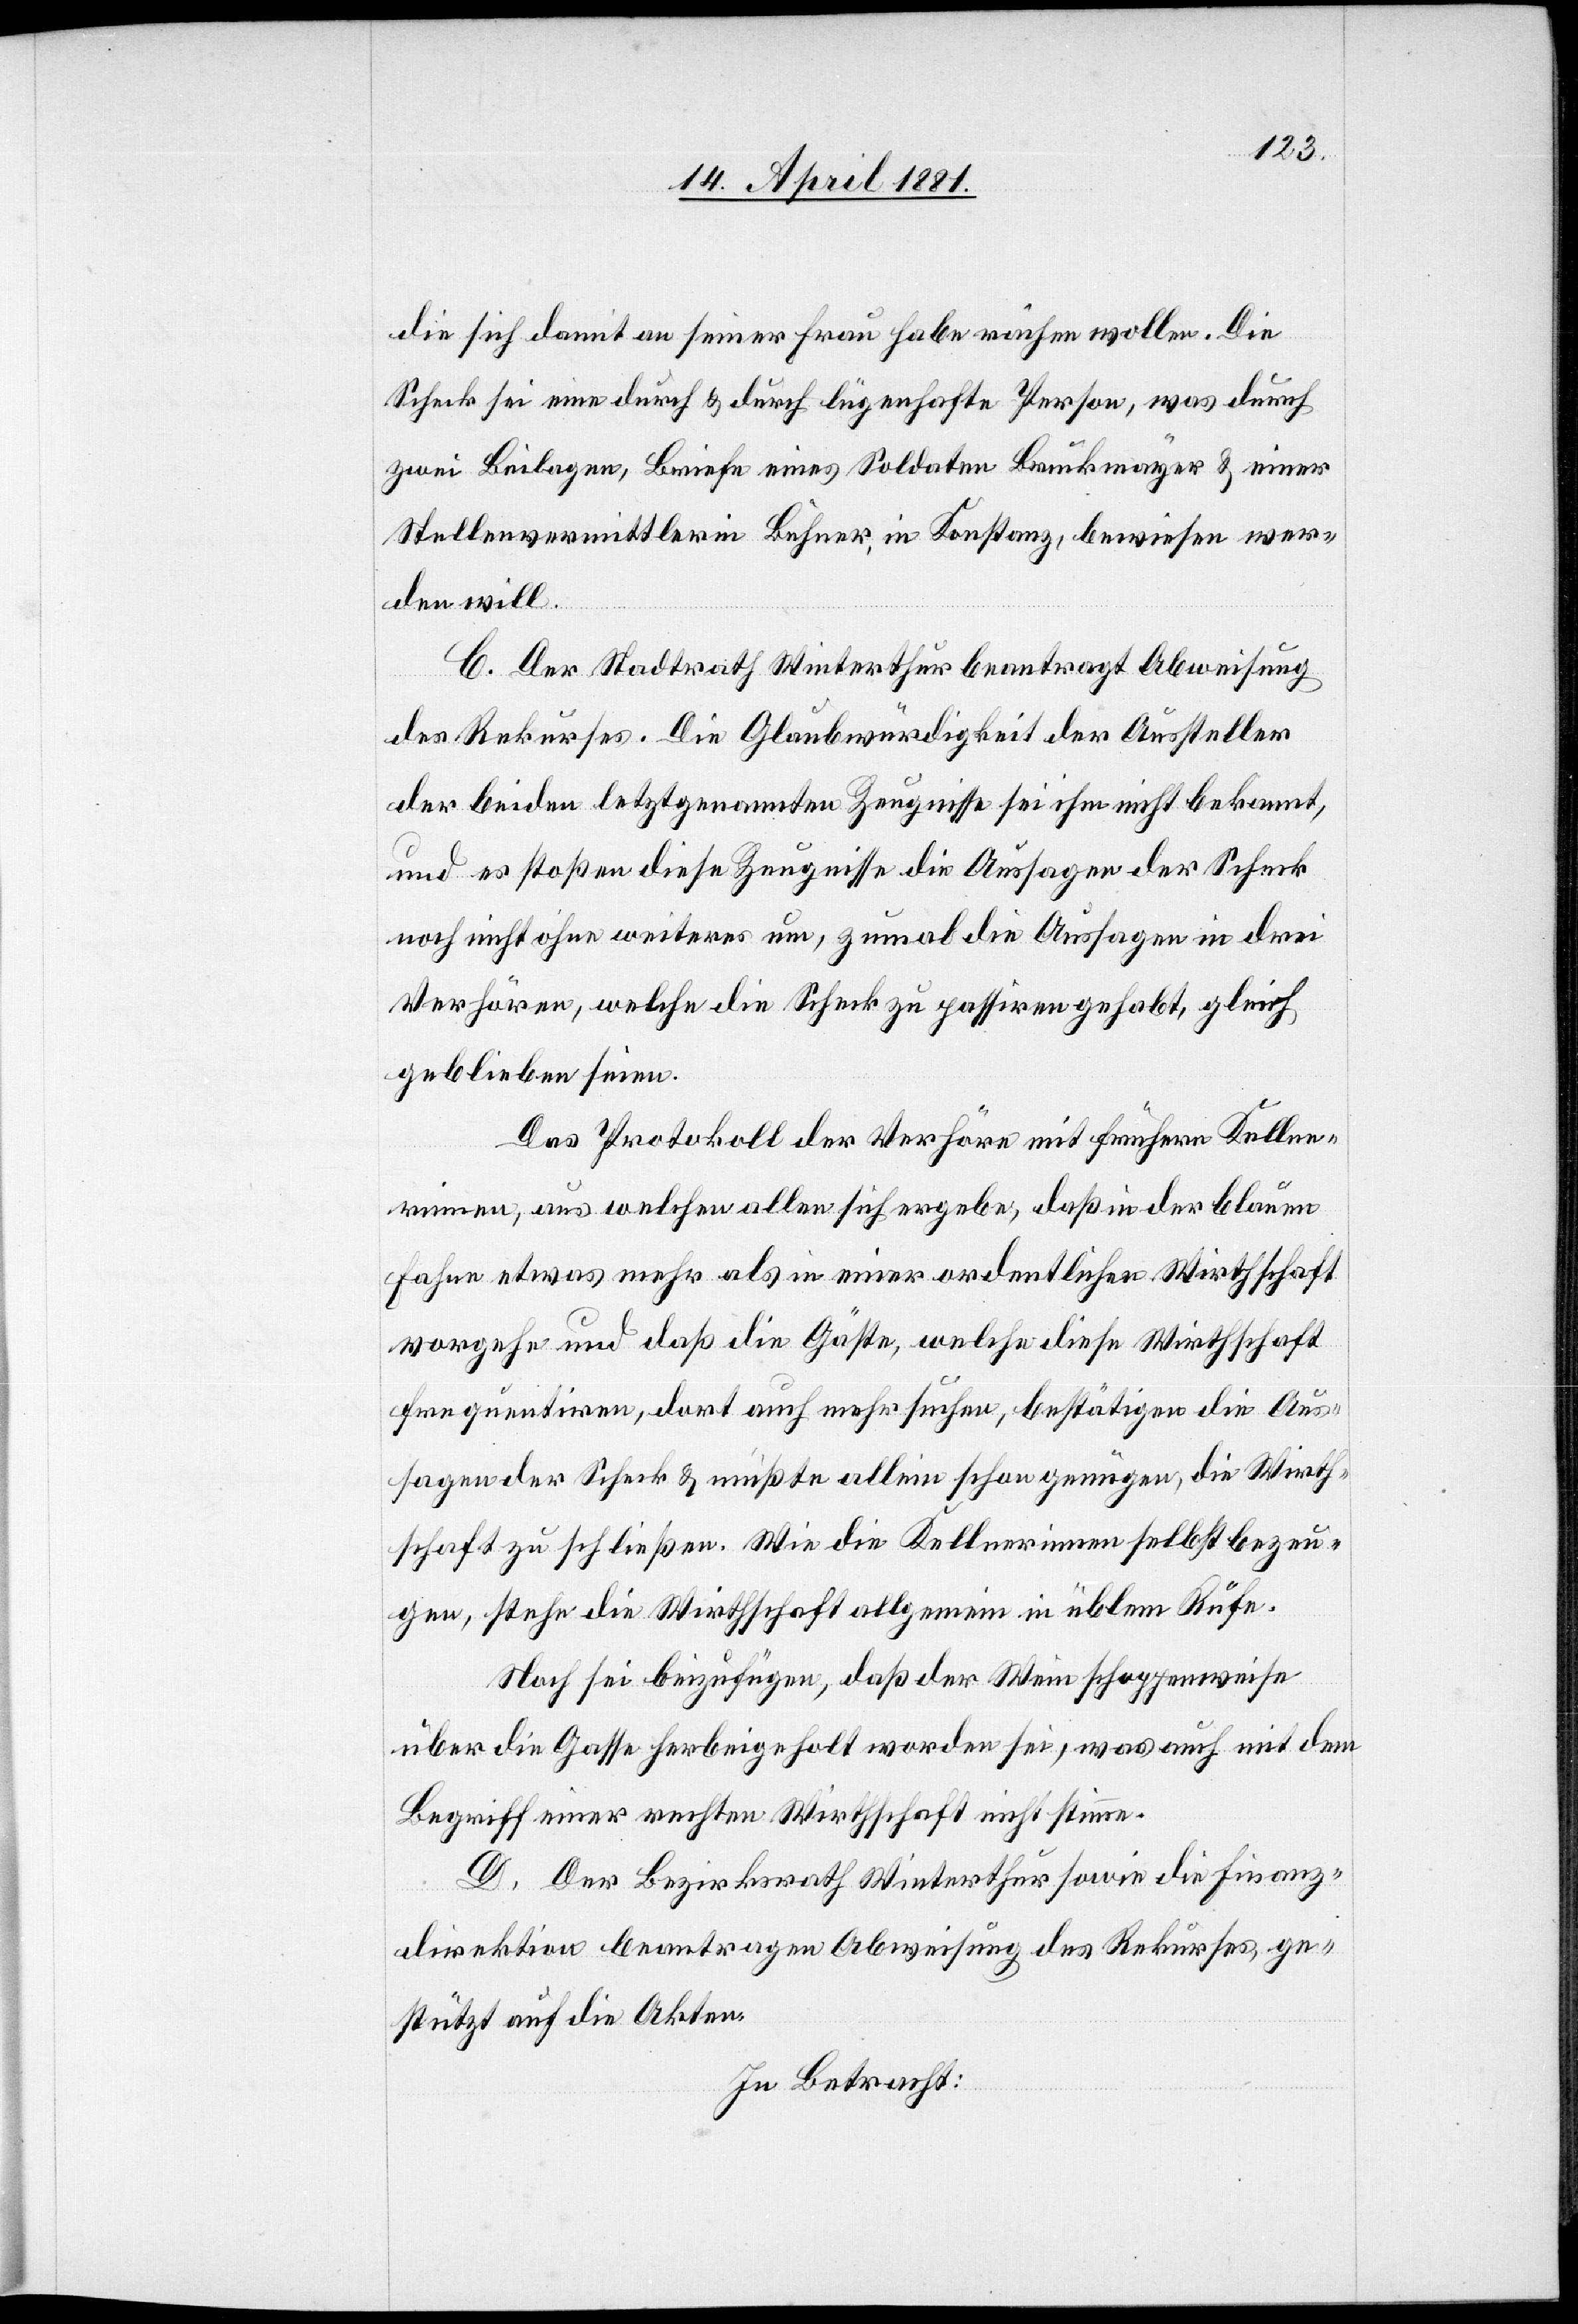
die sich damit an seiner Frau habe rächen wollen. Die
Scheck sei eine durch & durch lügenhafte Person, was durch
zwei Beilagen, Briefe eines Soldaten Bruckmayer & einer
Stellenvermittlerin Buhner, in Konstanz, beweisen wer¬
den will.
C. Der Stadtrath Winterthur beantragt Abweisung
des Rekurses. Die Glaubwürdigkeit der Aussteller
der beiden letztgenannten Zeugnisse sei ihm nicht bekannt,
und es stoßen diese Zeugnisse die Aussagen der Scheck
noch nicht ohne weiteres um, zumal die Aussagen in drei
Verhören, welche die Scheck zu passiren gehabt, gleich
geblieben seien.
Das Protokoll der Verhöre mit frühern Kellne¬
rinnen, aus welchen allen sich ergebe, daß in der blauen
Fahne etwas mehr als in einer ordentlichen Wirthschaft
vorgehe und daß die Gäste, welche diese Wirthschaft
frequentiren, dort auch mehr suchen, bestätigen die Aus¬
sagen der Scheck & mußte allein schon genügen, die Wirth¬
schaft zu schließen. Wie die Kellnerinnen selbst bezeu¬
gen, stehe die Wirthschaft allgemein in üblem Rufe.
Noch sei beizufügen, daß der Wein schoppenweise
über die Gasse herbeigeholt worden sei, was auch mit dem
Begriff einer rechten Wirthschaft nicht stimme.
D. Der Bezirksrath Winterthur sowie die Finanz¬
direktion beantragen Abweisung des Rekurses ge¬
stützt auf die Akten.
In Betracht: